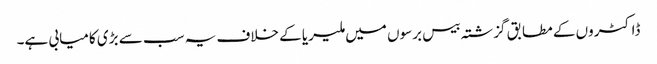
ڈاکٹروں کے مطابق گزشتہ بیس برسوں میں ملیریا کے خلاف یہ سب سے بڑی کامیابی ہے۔